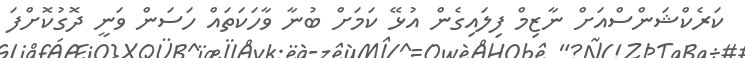
ކަރެކްޝަންސްއަށް ނާޒިމް ފިލައިގެން އުޅޭ ކަމަށް ބުނާ ވާހަކަތައް ހަސަން ވަނީ ދޮގުކޮށްފަ